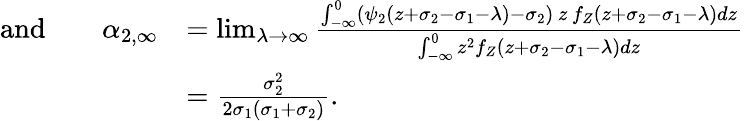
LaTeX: \begin{array}{rl}{\mathrm{and}\qquad\alpha_{2,\infty}}&{=\operatorname*{lim}_{\lambda\to\infty}\frac{\int_{-\infty}^{0}(\psi_{2}(z+\sigma_{2}-\sigma_{1}-\lambda)-\sigma_{2})\, z\, f_{Z}(z+\sigma_{2}-\sigma_{1}-\lambda)dz}{\int_{-\infty}^{0}z^{2}f_{Z}(z+\sigma_{2}-\sigma_{1}-\lambda)dz}}\\ &{=\frac{\sigma_{2}^{2}}{2\sigma_{1}(\sigma_{1}+\sigma_{2})}.}\end{array}